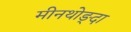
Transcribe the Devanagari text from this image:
मीनथोङ्दा